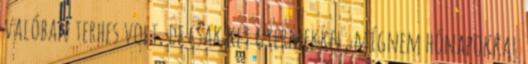
valóban terhes volt, de csak két gyermekkel, mígnem hónapokkal